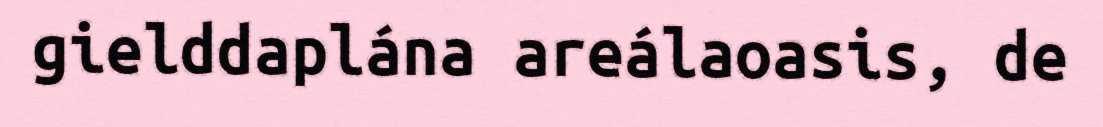
gielddaplána areálaoasis, de